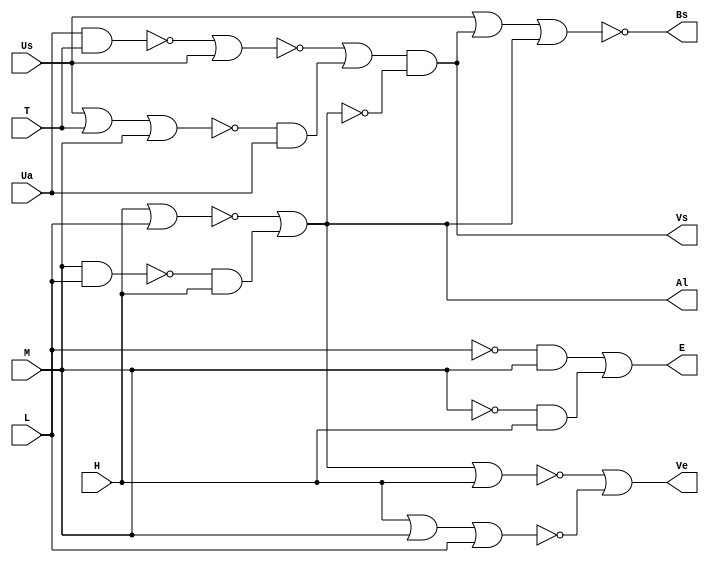
module pbl1 (
  input H, M, L, Ua, Us, T, 
  output Ve, Bs, Vs, Al, E
);

  // FIOS INTERMEDIRIOS:
  wire W0, W1, W2, W3, W4, W5, W6, W7, W8, W9, W10, W11, W12, W13, W14;
	
	// VLVULA DE ENTRADA:
	nor nor0 (W0, Al, H);
	nor nor1 (W1, H, M, L);
	or or0 (Ve, W0, W1);

  // ERRO:
  not not0 (W2, L);
  and and0 (W3, W2, M);
  not not1 (W4, M);
  and and1 (W5, W4, H);
  or or1 (E, W3, W5);
	
	// ALARME:
	nand nand0 (W6, M, L);
	and and2 (W7, W6, H);
	nor nor2 (W8, H, L);
	or or2 (Al, W8, W7);

  //ASPERSO:
  nor nor3 (Bs, Us, Vs, Al);

  // GOTEJAMENTO:
  nand nand1 (W9, Ua, T);
	nor nor4 (W10, W9, Us);
	nor nor5 (W11, Us, T, M);
	and and3 (W12, W11, Ua);
	or or3 (W13, W10, W12);
	not not2 (W14, Al);
	and and4 (Vs, W13, W14);

endmodule